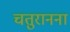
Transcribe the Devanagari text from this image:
चतुरानना